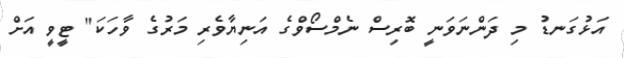
އަޅުގަނޑު މި ދަންނަވަނީ ބޮރިސް ނެމްސޯވްގެ އަނިޔާވެރި މަރުގެ ވާހަކަ" ޓީވީ އަށް